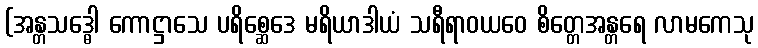
(အန္တသဒ္ဓေါ ကောဋ္ဌာသေ ပရိစ္ဆေဒေ မရိယာဒါယံ သရီရာဝယဝေ စိတ္တေအန္တရေ လာမကေသု